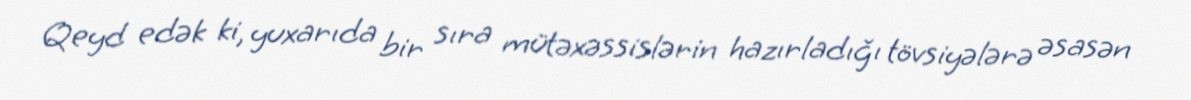
Qeyd edək ki, yuxarıda bir sıra mütəxəssislərin hazırladığı tövsiyələrə əsasən